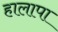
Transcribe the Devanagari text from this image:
हालापा